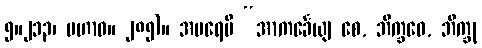
၅။၂၁၃၊ မဟာဝ။ ၂၈၅)။ အပရေပိ “အာကင်္ခေယျ စေ, ဘိက္ခဝေ, ဘိက္ခု